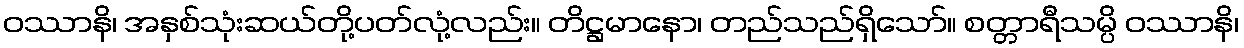
ဝဿာနိ၊ အနှစ်သုံးဆယ်တို့ပတ်လုံ့လည်း။ တိဋ္ဌမာနော၊ တည်သည်ရှိသော်။ စတ္တာရီသမ္ပိ ဝဿာနိ၊